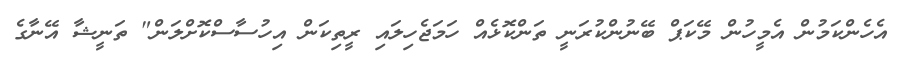
އެހެންކަމުން އެމީހުން މޭކަޕް ބޭނުންކުރަނީ ތަންކޮޅެއް ހަމަޖެހިލައި ރީތިކަން އިހުސާސްކޮށްލަން" ތަނީޝާ އޭނާގެ